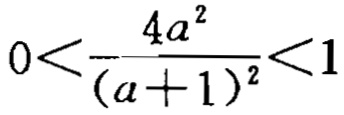
\(0<\frac{4a^{2}}{(a + 1)^{2}}<1\)